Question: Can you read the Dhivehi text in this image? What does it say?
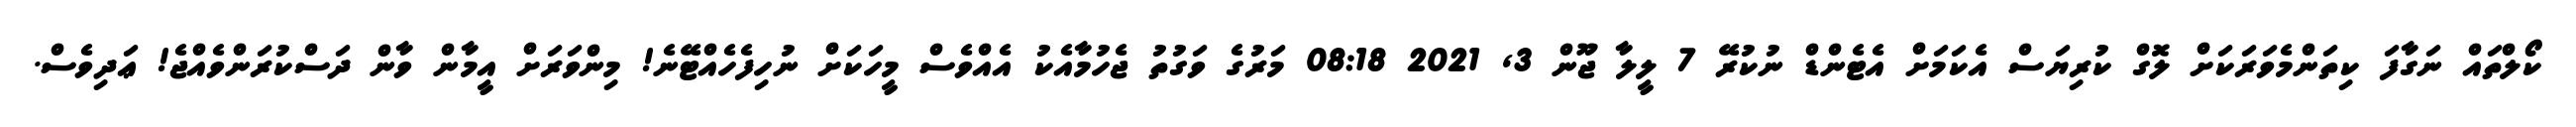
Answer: ކޯލްތައް ނަގާފަ ކިތަންމެވަރަކަށް ލޮގް ކުރިޔަސް އެކަމަށް އެޓެންޑް ނުކުރޭ 7 ލީލާ ޖޫން 3, 2021 08:18 މަރުގެ ވަގުތު ޖެހުމާއެކު އެއްވެސް މީހަކަށް ނުހިފެހެއްޓޭނެ! މިންވަރަށް އީމާން ވާން ދަސްކުރަންވެއްޖެ! ޢަދިވެސް.